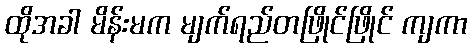
ထိုအခါ မိန်းမက မျက်ရည်တဖြိုင်ဖြိုင် ကျကာ